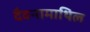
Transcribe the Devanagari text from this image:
दैवनामाथिल